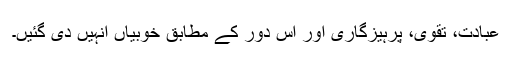
عبادت، تقویٰ، پرہیزگاری اور اُس دور کے مطابق خوبیاں اُنہیں دی گئیں۔